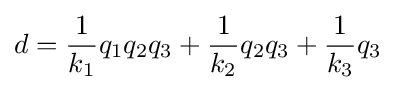
d={\frac {1}{k_{1}}}q_{1}q_{2}q_{3}+{\frac {1}{k_{2}}}q_{2}q_{3}+{\frac {1}{k_{3}}}q_{3}